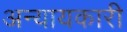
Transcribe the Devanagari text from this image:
अन्यायकारी